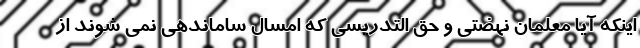
اینکه آیا معلمان نهضتی و حق التدریسی که امسال ساماندهی نمی شوند از